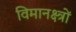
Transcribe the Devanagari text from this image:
विमानक्ष्त्रों